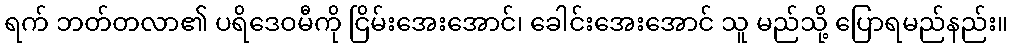
ရက် ဘတ်တလာ၏ ပရိဒေဝမီကို ငြိမ်းအေးအောင်၊ ခေါင်းအေးအောင် သူ မည်သို့ ပြောရမည်နည်း။